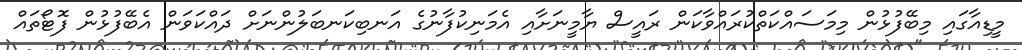
މީޑިއާގައި މިބޭފުޅުން މިމަސައްކަތްކުރައްވާކަން ރައީސް ޔާމީނަށާއި އެމަނިކުފާނުގެ އަނބިކަނބަލުންނަށް ދައްކަވަން އެބޭފުޅުން ފޮޓޯތައް